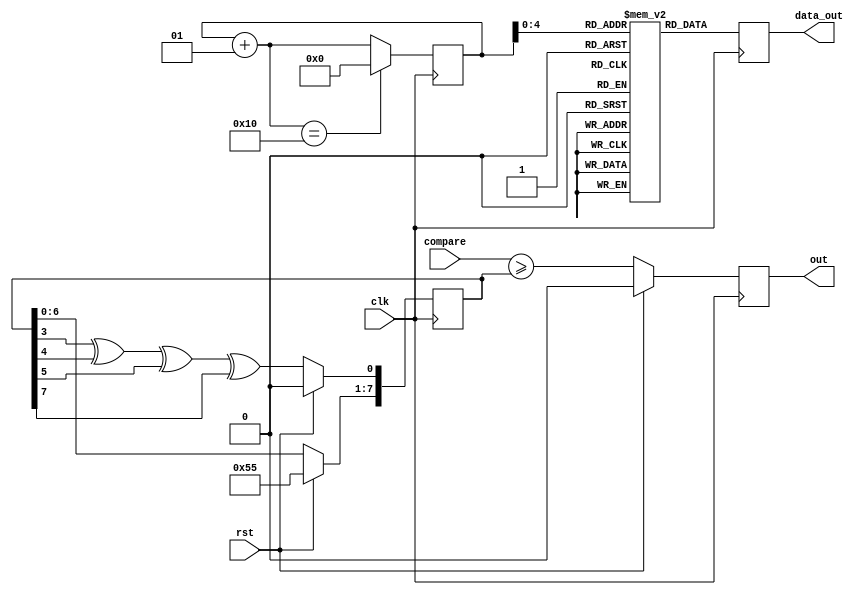
module digital_sinewave (clk, rst, compare, out, data_out);
    input clk, rst;
    input [8:1] compare;
    output reg out;
    //output reg outmod8;
    output [7:0] data_out;
    reg [8:1] sr;
    //8 bit Sine lookup table  
    reg [7:0] sine [0:16];
    //Internal signals  
   integer i;  
    reg [7:0] data_out; 
    //Initialize the sine values with samples. 
     initial begin
        i = 0;
        sine[0] = 0;
        sine[1] = 76;
        sine[2] = 141;
        sine[3] = 185;
        sine[4] = 200;
        sine[5] = 185;
        sine[6] = 141;
        sine[7] = 76;
        sine[8] = 0;
        sine[9] = -76;
        sine[10] = -141;
        sine[11] = -185;
        sine[12] = -200;
        sine[13] = -185;
        sine[14] = -141;
        sine[15] = -76;
        sine[16] = 0;
    end
    always @(posedge clk)
       begin
        if (rst) begin
            sr  <= 8'b10101010;     // initial non-zero value
            out <= 0;
        end
        else begin
            sr[8:2] <= sr[7:1];
            sr[1]   <= sr[4] ^ sr[5] ^ sr[6] ^ sr[8];
            out     <= (compare >= sr);
        end
      //if (rst) begin  
      //outmod8 <= out;  
      //end else begin  
      //if (outmod8 == 7)  
       // outmod8 <= 0;  
      //else  
       // outmod8 <= outmod8 + 1;  
    //end  
    //At every positive edge of the clock, output a sine wave sample
    begin
        data_out = sine[i];
        i = i + 1;
        if(i == 16)
            i = 0;
       //data_out <= outmod8;
    end
       end 
endmodule